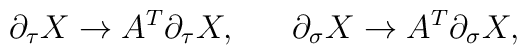
\partial_{\tau}X\to A^T\partial_{\tau}X,\ \ \ \ \ \partial_{\sigma}X\to A^T\partial_{\sigma}X,